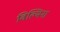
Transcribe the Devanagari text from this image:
विल्‍मिना